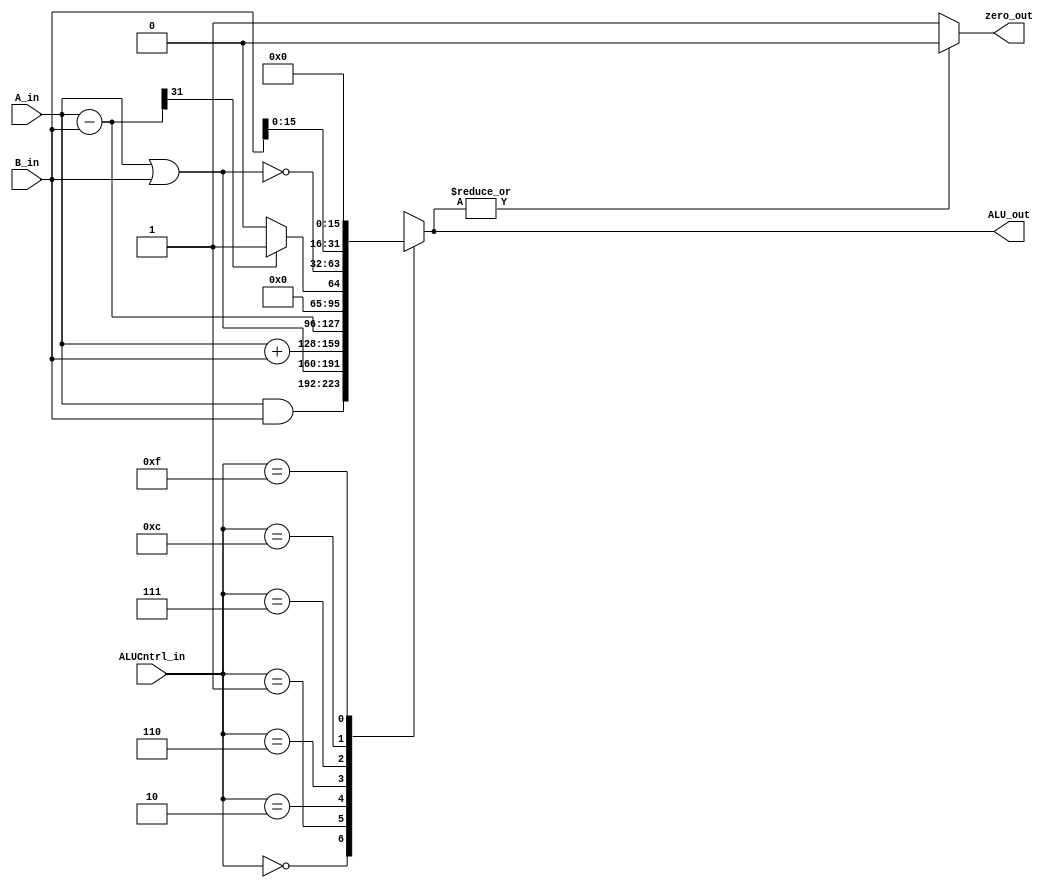
module MIPS_ALU
  (
   ALUCntrl_in, 
   A_in, 
   B_in, 
   ALU_out, 
   zero_out
   );
   
   parameter ALU_delay = 22;
   parameter zero_delay = 3;
   
   output [31:0] ALU_out;
   reg [31:0]    ALU_out;
   
   output 	 zero_out;
   reg 		 zero_out;
   
   input [3:0] 	 ALUCntrl_in;
   input [31:0]  A_in, B_in;	

   reg [31:0] 	 temp;
   
   always@*
     begin
	#ALU_delay;
		
	case(ALUCntrl_in)
	  4'b0000:  // and
	    ALU_out = A_in & B_in;
	  
	  4'b0001:  // or
	    ALU_out = A_in | B_in;
	  
	  4'b0010:  // add
	    ALU_out = A_in + B_in;
	  
	  4'b0110:  // sub
	    ALU_out = A_in - B_in;
	  
	  4'b0111:  // slt
	    begin
	       temp = A_in - B_in;
	       if(temp[31]) 
		 ALU_out = 32'd1;
	       else
		 ALU_out = 32'd0;  		
	    end
	  
	  4'b1100:  // nor
	    ALU_out = ~(A_in | B_in);
	  
	  4'b1111:  // lui
	    ALU_out = {B_in[15:0], 16'b0};
	  
	  default:  // all other control values
	    ALU_out = 32'bx;
	  
	endcase // case(ALUCntrl_in)
	
     end // always@ *
   
   always@*
     begin
	#zero_delay;
	
	if (~(|ALU_out)) 
	  zero_out = 1;
	else	
	  zero_out = 0;
     end
   
endmodule